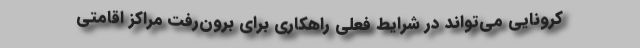
کرونایی می‌تواند در شرایط فعلی راهکاری برای برون‌رفت مراکز اقامتی